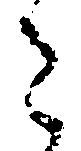
令